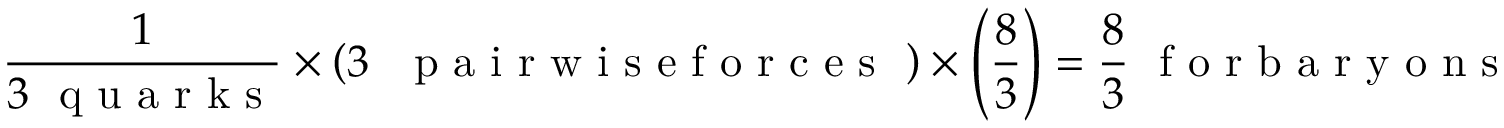
{ \frac { 1 } { 3 \mathrm { ~ \ q ~ u ~ a ~ r ~ k ~ s ~ } } } \times \left( 3 \ \mathrm { ~ \ p ~ a ~ i ~ r ~ w ~ i ~ s ~ e ~ f ~ o ~ r ~ c ~ e ~ s ~ \ } \right) \times \left( { \frac { 8 } { 3 } } \right) = \frac 8 3 \mathrm { ~ \ f ~ o ~ r ~ b ~ a ~ r ~ y ~ o ~ n ~ s ~ }